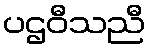
ပဌဝီသညီ